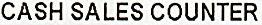
CASH SALES COUNTER